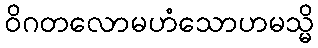
ဝိဂတလောမဟံသောဟမသ္မိ